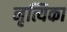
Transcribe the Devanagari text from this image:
नृत्यिका